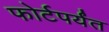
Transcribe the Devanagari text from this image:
फोर्टपर्यंत